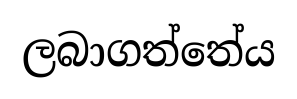
ලබාගත්තේය